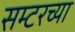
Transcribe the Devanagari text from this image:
सम्टरच्या